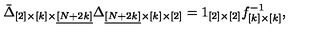
\bar { \Delta } _ { [ 2 ] \times [ k ] \times \underline { { [ N + 2 k ] } } } \Delta _ { \underline { { [ N + 2 k ] } } \times [ k ] \times [ 2 ] } = 1 _ { [ 2 ] \times [ 2 ] } f _ { [ k ] \times [ k ] } ^ { - 1 } ,